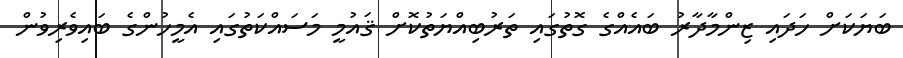
ބަޔަކަށް ހަދައި ޒިންމާދާރު ބައެއްގެ ގޮތުގައި ތަރުބިއްޔަތުކޮށް ޤައުމީ މަސައްކަތުގައި އެމީހުންގެ ބައިވެރިވުން